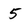
Character: 5